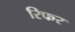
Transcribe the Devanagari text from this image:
रिफर